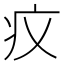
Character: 𤴧